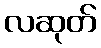
လဆုတ်